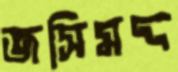
জসিমদ্দ